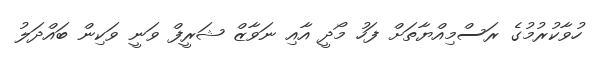
ހުވާކުރުމުގެ ރަސްމިއްޔާތަށް ފަހު މޯދީ އާއި ނަވާޒް ޝަރީފް ވަނީ ވަކިން ބައްދަލު